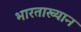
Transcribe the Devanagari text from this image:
भारताख्यान